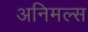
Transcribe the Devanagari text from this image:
अनिमल्स